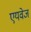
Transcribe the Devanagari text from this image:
एयवेज